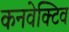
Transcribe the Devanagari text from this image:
कनवेक्टिव